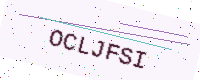
Text: OCLJFSI